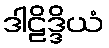
ဒါဠိဒ္ဒိယံ